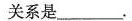
关系是___.